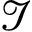
\mathcal I